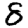
Digit: 8